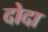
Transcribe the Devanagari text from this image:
दोदा